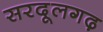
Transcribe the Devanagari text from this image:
सरदूलगढ़